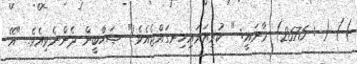
)) ( : 2676) މާނައީ: " ކުރިއަރައިހިނގައްޖެއެވެ!" ޞަޙާބީން ދެންނެވިއެވެ. "އޭ